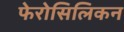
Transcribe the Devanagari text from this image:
फेरोसिलिकन